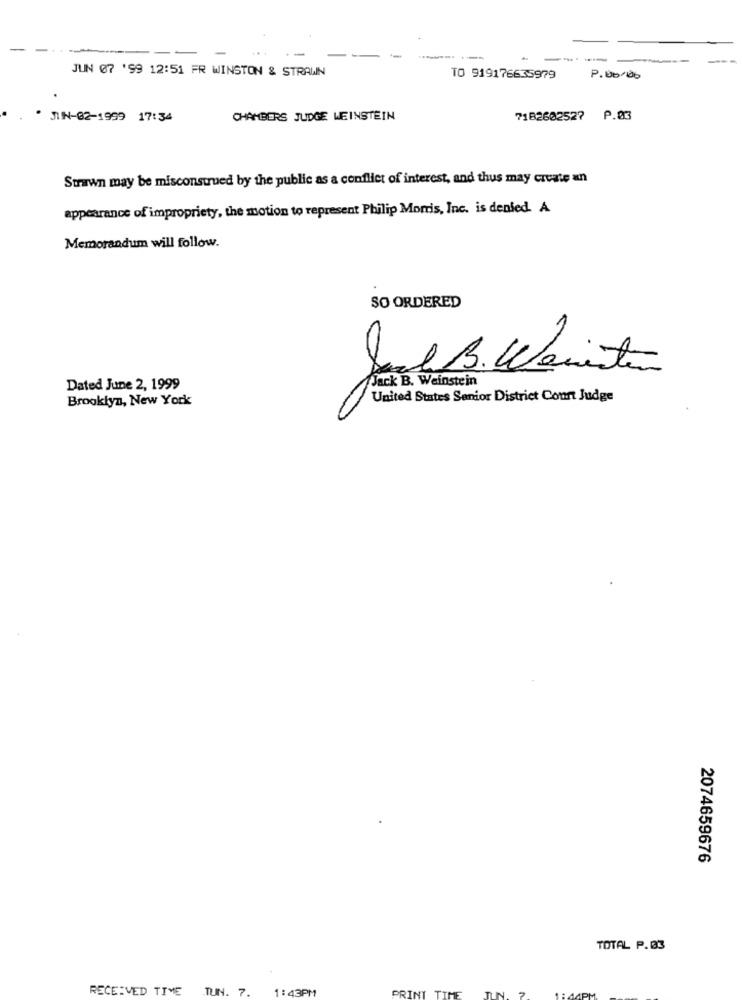
----
JUN 07 '99 12:51 FR WINSTON & STRAWN
TO 919176635979
P.00/06
JIN-02-1999 17:34
CHAMBERS JUDGE WEINSTEIN
7182602527 P.03
Strawn may be misconstrued by the public as a conflict of interest, and thus may create an
appearance of impropriety, the motion to represent Philip Morris, Inc. is denied. A
Memorandum will follow.
SO ORDERED
Sol B. Weisten
Jack B. Weinstein
Dated June 2, 1999
Brooklyn, New York
United States Senior District Conn Judge
2074659676
TOTAL P.03
RECEIVED TIME TUN. 7.
1:43PM
TUN.
PRINT TIME